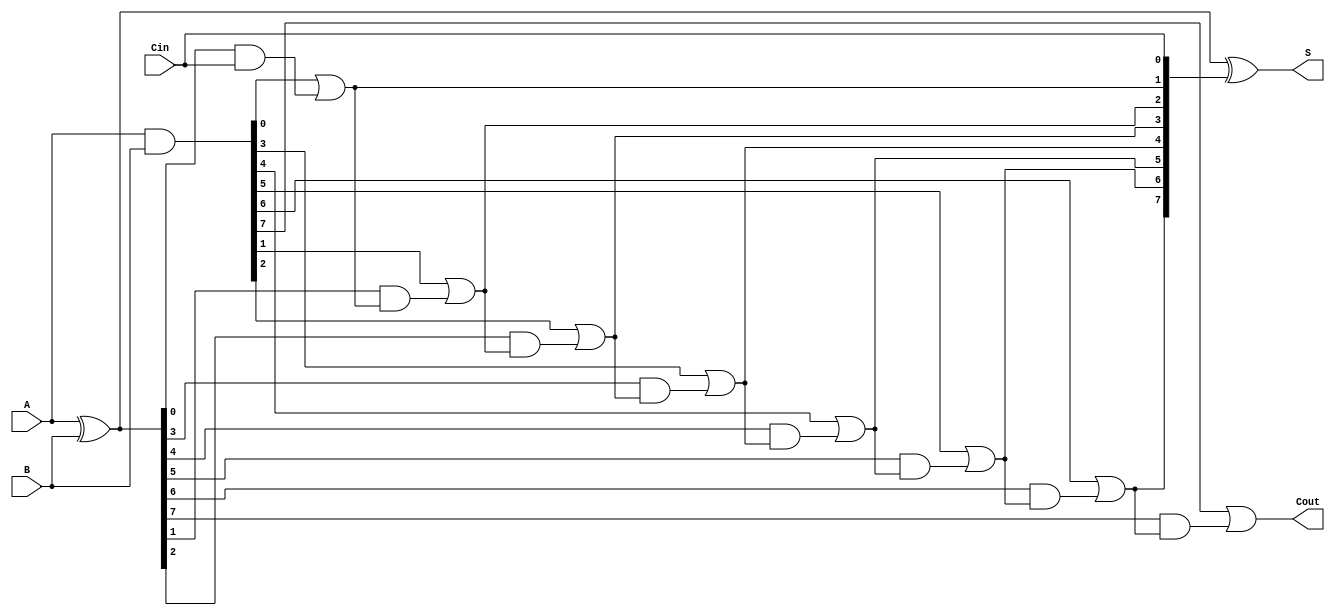
module KoggeStoneAdder #(parameter N = 8) (
    input  [N-1:0] A,      // First n-bit input
    input  [N-1:0] B,      // Second n-bit input
    input         Cin,      // Carry-in
    output [N-1:0] S,      // Sum output
    output        Cout      // Carry-out
);
    wire [N-1:0] P;        // Propagate signals
    wire [N-1:0] G;        // Generate signals
    wire [N:0] C;          // Carry signals (C[0] is Cin, C[N] is Cout)

    // Generate P and G signals
    assign P = A ^ B;      // Propagate
    assign G = A & B;      // Generate

    // Carry generation using Kogge-Stone logic
    // Stage 0
    assign C[0] = Cin;     // Initial carry is Cin

    // Stage 1
    genvar i;
    generate
        for (i = 0; i < N; i = i + 1) begin: stage1
            if(i == 0) begin
                assign C[i + 1] = G[i] | (P[i] & C[0]);
            end else begin
                assign C[i + 1] = G[i] | (P[i] & C[i]);
            end
        end
    endgenerate

    // Stage 2
    generate
        for (i = 0; i < N; i = i + 1) begin: stage2
            if(i < N - 1) begin
                assign C[i + 1 + N] = G[i + 1] | (P[i + 1] & C[i + 1]);
            end
        end
    endgenerate

    // Stage 3
    generate
        for (i = 0; i < N; i = i + 1) begin: stage3
            if(i < N - 2) begin
                assign C[i + 1 + 2*N] = G[i + 2] | (P[i + 2] & C[i + 1 + N]);
            end
        end
    endgenerate

    // Continue for additional stages based on N (using more generate blocks as needed)
    // You can stop at your defined depth depending on the value of N.

    // Calculate sum outputs
    assign S = P ^ {C[N-1:0]};  // Final sum calculation

    // Carry out is the last carry bit
    assign Cout = C[N];

endmodule